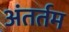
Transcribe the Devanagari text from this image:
अंतर्तम